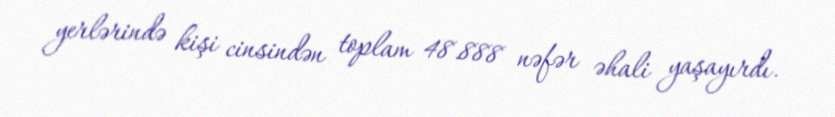
yerlərində kişi cinsindən toplam 48.888 nəfər əhali yaşayırdı.